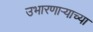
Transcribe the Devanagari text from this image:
उभारणार्‍याच्या